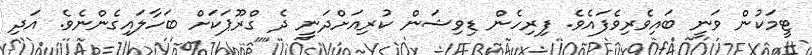
ޓީމަކުން ވަނީ ބައިވެރިވެފައެވެ. ފިރިހެން ޑިވިޝަން ކުރިއަށްދަނީ ދެ ގްރޫޕަކަށް ބަހާލައިގެންނެވެ. އަދި